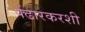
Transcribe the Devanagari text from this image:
पेंढारकरशी